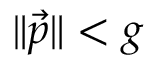
\| { \vec { p } } \| < g \,